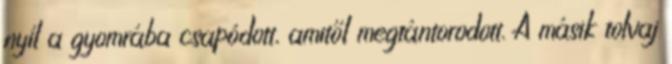
nyíl a gyomrába csapódott, amitől megtántorodott. A másik tolvaj